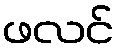
ဖလင်